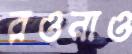
রওনাও